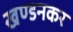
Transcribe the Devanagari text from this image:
खण्डनकर